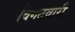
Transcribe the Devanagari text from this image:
विगटवारी